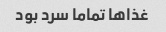
غذاها تماما سرد بود